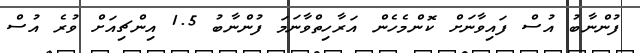
ފުންނާބު އުސް ފައިވާނަށް ކޮންމެހެން އަރާހިތްވާނަމަ ފުންނާބު 1.5 އިންޗިއަށް ވުރެ އުސް